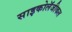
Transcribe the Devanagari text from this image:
साइकोलॅजीकल